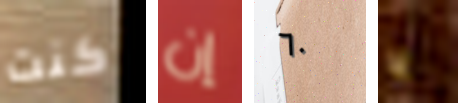
كنت إن ٦٠ يا